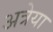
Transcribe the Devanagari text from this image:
अत्रेया